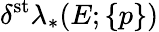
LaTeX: \delta^{\mathrm{st}}\lambda_{*}(E;\{ p\} )